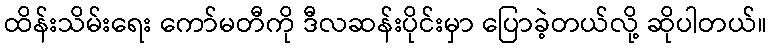
ထိန်းသိမ်းရေး ကော်မတီကို ဒီလဆန်းပိုင်းမှာ ပြောခဲ့တယ်လို့ ဆိုပါတယ်။